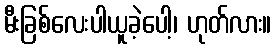
မီးခြစ်လေးပါယူခဲ့ပေါ့၊ ဟုတ်လား။